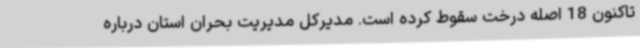
تاکنون 18 اصله درخت سقوط کرده است. مدیرکل مدیریت بحران استان درباره